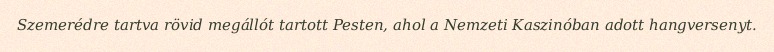
Szemerédre tartva rövid megállót tartott Pesten, ahol a Nemzeti Kaszinóban adott hangversenyt.